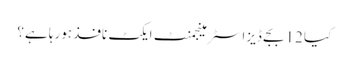
کیا 12 بجے ڈیزاسٹر مینجمنٹ ایکٹ نافذ ہورہا ہے؟